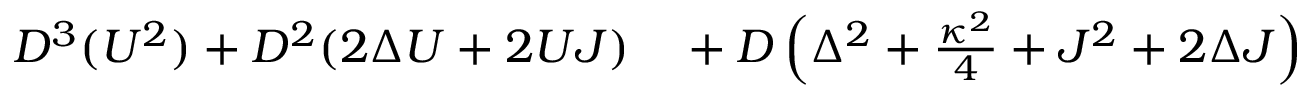
\begin{array} { r l } { D ^ { 3 } ( U ^ { 2 } ) + D ^ { 2 } ( 2 \Delta U + 2 U J ) } & { { } + D \left( \Delta ^ { 2 } + \frac { \kappa ^ { 2 } } { 4 } + J ^ { 2 } + 2 \Delta J \right) } \end{array}